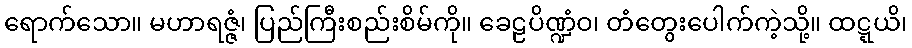
ရောက်သော။ မဟာရဇ္ဇံ၊ ပြည်ကြီးစည်းစိမ်ကို။ ခေဠပိဏ္ဍံဝ၊ တံတွေးပေါက်ကဲ့သို့။ ထဋ္ဋယိ၊